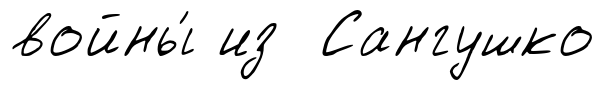
войны́ из Сангушко